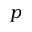
p